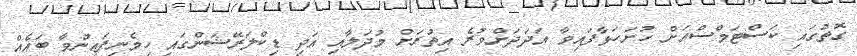
ގޮތުގައި ކަސްޓަމްސްއަށް ހުށަހަޅާފައިވާ އަދަދަށްވުރެ އިތުރަށް މުދަލާއި އަދި ޑިކްލަރޭޝަންގައި ހިމެނިފައިނުވާ ބައެއް